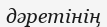
дәретінің